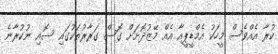
ކުރާ އެއްވެސް މީހަކު އެމްޑީޕީއާ އެއް މޭޒުދޮށަށް ގޮސް ގަރާރުތަކުގައި ސޮއި ނުކުރާނެ